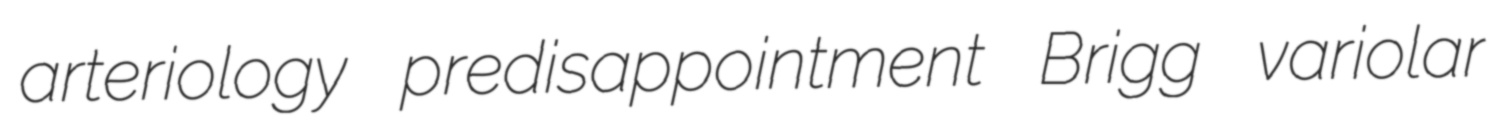
arteriology predisappointment Brigg variolar